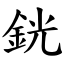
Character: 銧